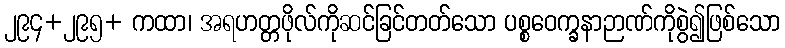
၂၉၄+၂၉၅+ ကထာ၊ အရဟတ္တဖိုလ်ကိုဆင်ခြင်တတ်သော ပစ္စဝေက္ခနာဉာဏ်ကိုစွဲ၍ဖြစ်သော